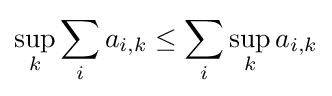
\sup _{k}\sum _{i}a_{i,k}\leq \sum _{i}\sup _{k}a_{i,k}